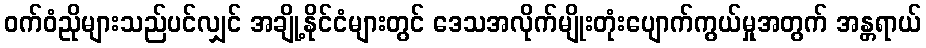
ဝက်ဝံညိုများသည်ပင်လျှင် အချို့နိုင်ငံများတွင် ဒေသအလိုက်မျိုးတုံးပျောက်ကွယ်မှုအတွက် အန္တရာယ်